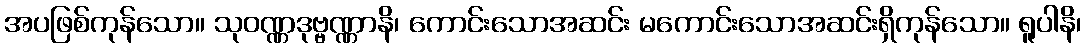
အပဖြစ်ကုန်သော။ သုဝဏ္ဏဒုဗ္ဗဏ္ဏာနိ၊ ကောင်းသောအဆင်း မကောင်းသောအဆင်းရှိကုန်သော။ ရူပါနိ၊